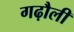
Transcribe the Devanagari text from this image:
गढ़ौली